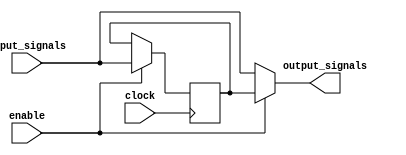
module Bypass_Register(
  input [3:0] input_signals,
  input enable,
  input clock,
  output [3:0] output_signals
);

reg [3:0] register;
reg [3:0] next_register;

always @ (posedge clock) begin
  if (enable) begin
    register <= next_register;
  end
end

always @ (*) begin
  next_register = input_signals;
end

assign output_signals = (enable) ? register : input_signals;

endmodule